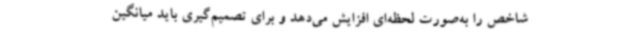
شاخص را به‌صورت لحظه‌ای افزایش می‌دهد و برای تصمیم‌گیری باید میانگین